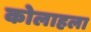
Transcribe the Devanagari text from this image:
कोलाहला